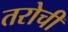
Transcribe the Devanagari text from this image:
तरोची